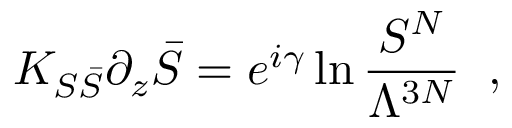
{ \cal K } _ { S \bar { S } } \partial _ { z } \bar { S } = e ^ { i \gamma } \ln \frac { S ^ { N } } { \Lambda ^ { 3 N } } \; \; ,